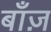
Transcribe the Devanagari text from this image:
बाँज़